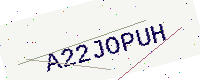
Text: A22JOPUH